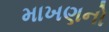
માખણનો